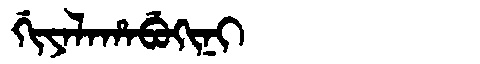
Manchu: ᡤᡳᠶᠠᠯᠠᡥᠠᠪᡠᡴᡳᠨᡳ
Romanization: GIYALAHABUKINI